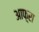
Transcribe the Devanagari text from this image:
आफ़्रा